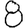
Digit: 8